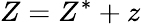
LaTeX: Z=Z^{*}+z